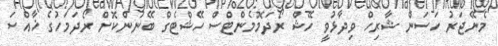
މެނޭޖަރު ހަސަން ޝާރިހް ވިދާޅުވީ ހޭޝް ރޯދަމޮމެންޓްސް ހޭޝްޓެގް ބޭނުންކޮށް ރޯދަމަހުގެ ޚާއްސަ